Report of the Indian Hemp Drugs Commission, 1894-1895 - Volume VII
Year: 1894
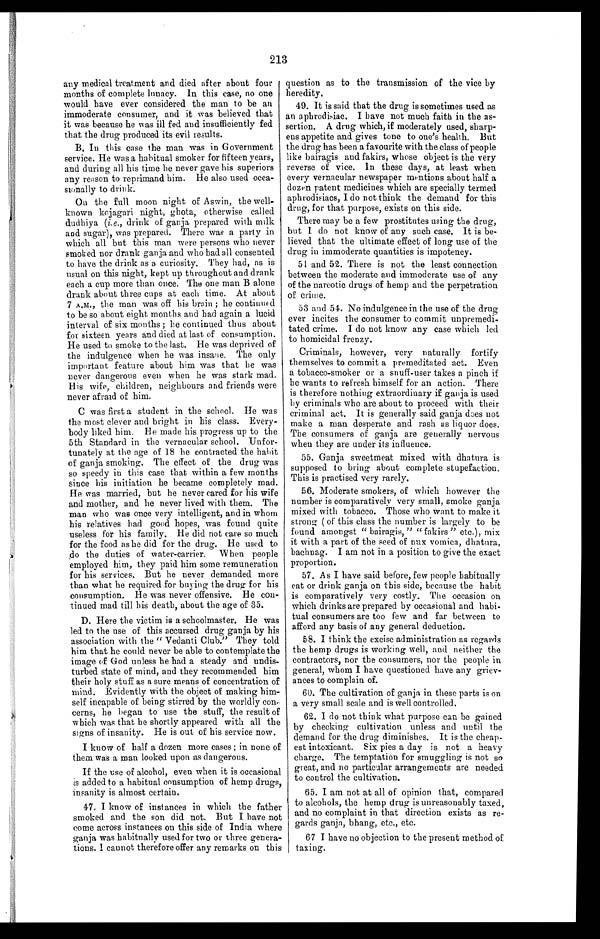
213
any medical treatment and died after about four
months of complete lunacy. In this case, no one
would have ever considered the man to be an
immoderate consumer, and it was believed that
it was because he was ill fed and insufficiently fed
that the drug produced its evil results.
B. In this case the man was in Government
service. He was a habitual smoker for fifteen years,
and during all his time he never gave his superiors
any reason to reprimand him. He also used occa-
sionally to drink.
On the full moon night of Aswin, the well-
known kojagari night, ghota, otherwise called
dudhiya ( i.e ., drink of ganja prepared with milk
and sugar), was prepared. There was a party in
which all but this man were persons who never
smoked nor drank ganja and who had all consented
to have the drink as a curiosity. They had, as is
usual on this night, kept up throughout and drank
each a cup more than once. The one man B alone
drank about three cups at each time. At about
7 A.M., the man was off his brain ; he continued
to be so about eight months and had again a lucid
interval of six months ; he continued thus about
for sixteen years and died at last of consumption.
He used to smoke to the last. He was deprived of
the indulgence when he was insane. The only
important feature about him was that he was
never dangerous even when he was stark mad.
His wife, children, neighbours and friends were
never afraid of him.
C was first a student in the school. He was
the most clever and bright in his class. Every-
body liked him. He made his progress up to the
5th Standard in the vernacular school. Unfor-
tunately at the age of 18 he contracted the habit
of ganja smoking. The effect of the drug was
so speedy in this case that within a few months
since his initiation he became completely mad.
He was married, but he never cared for his wife
and mother, and he never lived with them. The
man who was once very intelligent, and in whom
his relatives had good hopes, was found quite
useless for his family. He did not care so much
for the food as he did for the drug. He used to
do the duties of water-carrier. When people
employed him, they paid him some remuneration
for his services. But he never demanded more
than what he required for buying the drug for his
consumption. He was never offensive. He con-
tinued mad till his death, about the age of 35.
D. Here the victim is a schoolmaster. He was
led to the use of this accursed drug ganja by his
association with the " Vedanti Club." They told
him that he could never be able to contemplate the
image of God unless he had a steady and undis-
turbed state of mind, and they recommended him
their holy stuff as a sure means of concentration of
mind. Evidently with the object of making him-
self incapable of being stirred by the worldly con-
cerns, he began to use the stuff, the result of
which was that he shortly appeared with all the
signs of insanity. He is out of his service now.
I know of half a dozen more cases ; in none of
them was a man looked upon as dangerous.
If the use of alcohol, even when it is occasional
is added to a habitual consumption of hemp drugs,
insanity is almost certain.
47. I know of instances in which the father
smoked and the son did not. But I have not
come across instances on this side of India where
ganja was habitually used for two or three genera-
tions. I cannot therefore offer any remarks on this
question as to the transmission of the vice by
heredity.
49. It is said that the drug is sometimes used as
an aphrodi s iac. I have not much faith in the as-
sertion. A drug which, if moderately used, sharp-
ens appetite and gives tone to one's health. But
the drug has been a favourite with the class of people
like bairagis and fakirs, whose object is the very
reverse of vice. In these days, at least when
every vernacular newspaper mentions about half a
dozen patent medicines which are specially termed
aphrodisiacs, I do not think the demand for this
drug, for that purpose, exists on this side.
There may be a few prostitutes using the drug,
but I do not know of any such case. It is be-
lieved that the ultimate effect of long use of the
drug in immoderate quantities is impotency.
51 and 52. There is not the least connection
between the moderate and immoderate use of any
of the narcotic drugs of hemp and the perpetration
of crime.
53 and 54. No indulgence in the use of the drug
ever incites the consumer to commit unpremedi-
tated crime. I do not know any case which led
to homicidal frenzy.
Criminals, however, very naturally fortify
themselves to commit a premeditated act. Even
a tobacco-smoker or a snuff-user takes a pinch if
he wants to refresh himself for an action. There
is therefore nothing extraordinary if ganja is used
by criminals who are about to proceed with their
criminal act. It is generally said ganja does not
make a man desperate and rash as liquor does.
The consumers of ganja are generally nervous
when they are under its influence.
55. Ganja sweetmeat mixed with dhatura is
supposed to bring about complete stupefaction.
This is practised very rarely.
56. Moderate smokers, of which however the
number is comparatively very small, smoke ganja
mixed with tobacco. Those who want to make it
strong ( of this class the number is largely to be
found amongst " bairagis, " "fakirs " etc.), mix
it with a part of the seed of nux vomica, dhatura,
bachnag. I am not in a position to give the exact
proportion.
57. As I have said before, few people habitually
eat or drink ganja on this side, because the habit
is comparatively very costly. The occasion on
which drinks are prepared by occasional and habi-
tual consumers are too few and far between to
afford any basis of any general deduction.
58. I think the excise administration as regards
the hemp drugs is working well, and neither the
contractors, nor the consumers, nor the people in
general, whom I have questioned have any griev-
ances to complain of.
60. The cultivation of ganja in these parts is on
a very small scale and is well controlled.
62. I do not think what purpose can be gained
by checking cultivation unless and until the
demand for the drug diminishes. It is the cheap-
est intoxicant. Six pies a day is not a heavy
charge. The temptation for smuggling is not so
great, and no particular arrangements are needed
to control the cultivation.
65. I am not at all of opinion that, compared
to alcohols, the hemp drug is unreasonably taxed,
and no complaint in that direction exists as re-
gards ganja, bhang, etc., etc.
67 I have no objection to the present method of
taxing.